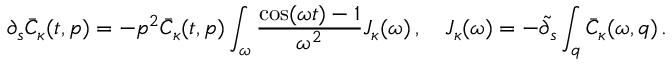
\partial _ { s } \bar { C } _ { \kappa } ( t , p ) = - p ^ { 2 } \bar { C } _ { \kappa } ( t , p ) \int _ { \omega } \frac { \cos ( \omega t ) - 1 } { \omega ^ { 2 } } J _ { \kappa } ( \omega ) \, , \quad J _ { \kappa } ( \omega ) = - \tilde { \partial } _ { s } \int _ { q } \bar { C } _ { \kappa } ( \omega , q ) \, .